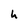
Character: h